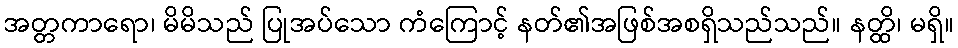
အတ္တကာရော၊ မိမိသည် ပြုအပ်သော ကံကြောင့် နတ်၏အဖြစ်အစရှိသည်သည်။ နတ္ထိ၊ မရှိ။